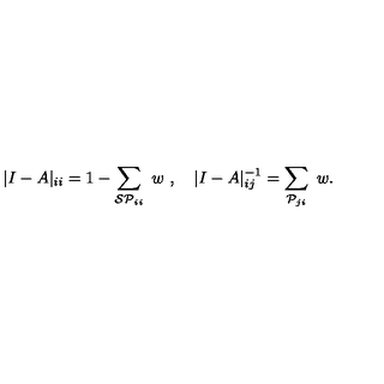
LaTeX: | I - A | _ { i i } = 1 - \sum _ { { \cal S P } _ { i i } } \ w \ , \quad | I - A | _ { i j } ^ { - 1 } = \sum _ { { \cal P } _ { j i } } \ w .